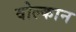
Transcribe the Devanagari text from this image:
वोल्कान